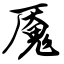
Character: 魇